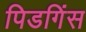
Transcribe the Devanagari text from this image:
पिडगिंस